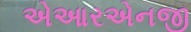
એઆરએનજી